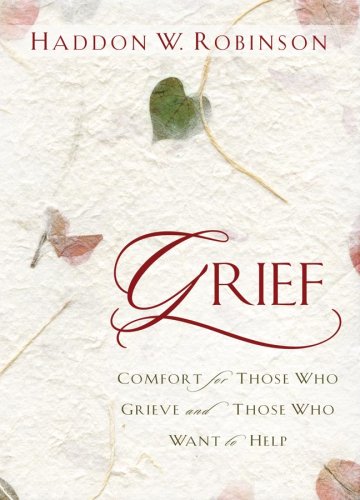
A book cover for Grief: Comfort for Those Who Grieve and Those Who Want to Help; Dr. Haddon Robinson; Christian Books & Bibles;